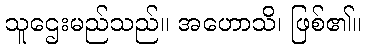
သူဌေးမည်သည်။ အဟောသိ၊ ဖြစ်၏။